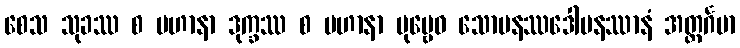
စေသ သုခဿ စ ပဟာနာ ဒုက္ခဿ စ ပဟာနာ ပုဗ္ဗေဝ သောမနဿဒေါမနဿာနံ အတ္ထင်္ဂမာ